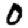
Digit: 0